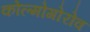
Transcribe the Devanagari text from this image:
कोल्मोगोरोव